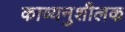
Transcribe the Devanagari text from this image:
काव्यनुशीलक